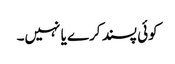
کوئی پسند کرے یا نہیں۔